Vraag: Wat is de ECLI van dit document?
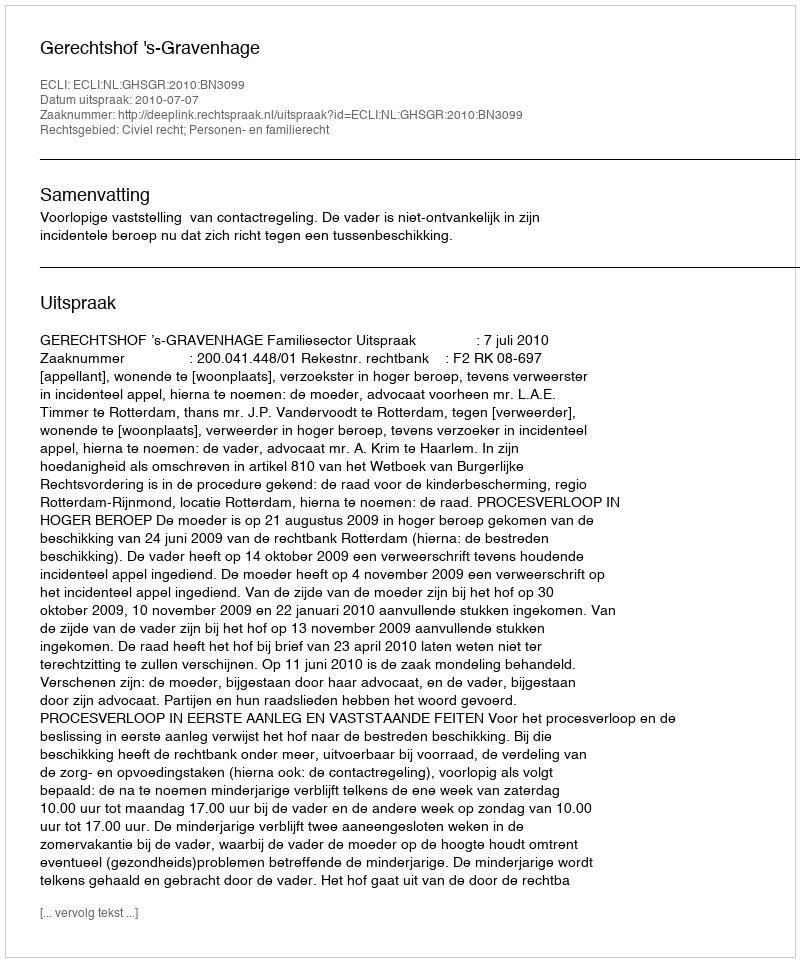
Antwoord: ECLI:NL:GHSGR:2010:BN3099